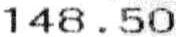
148.50